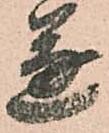
遂